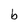
Character: b